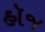
હૉજ